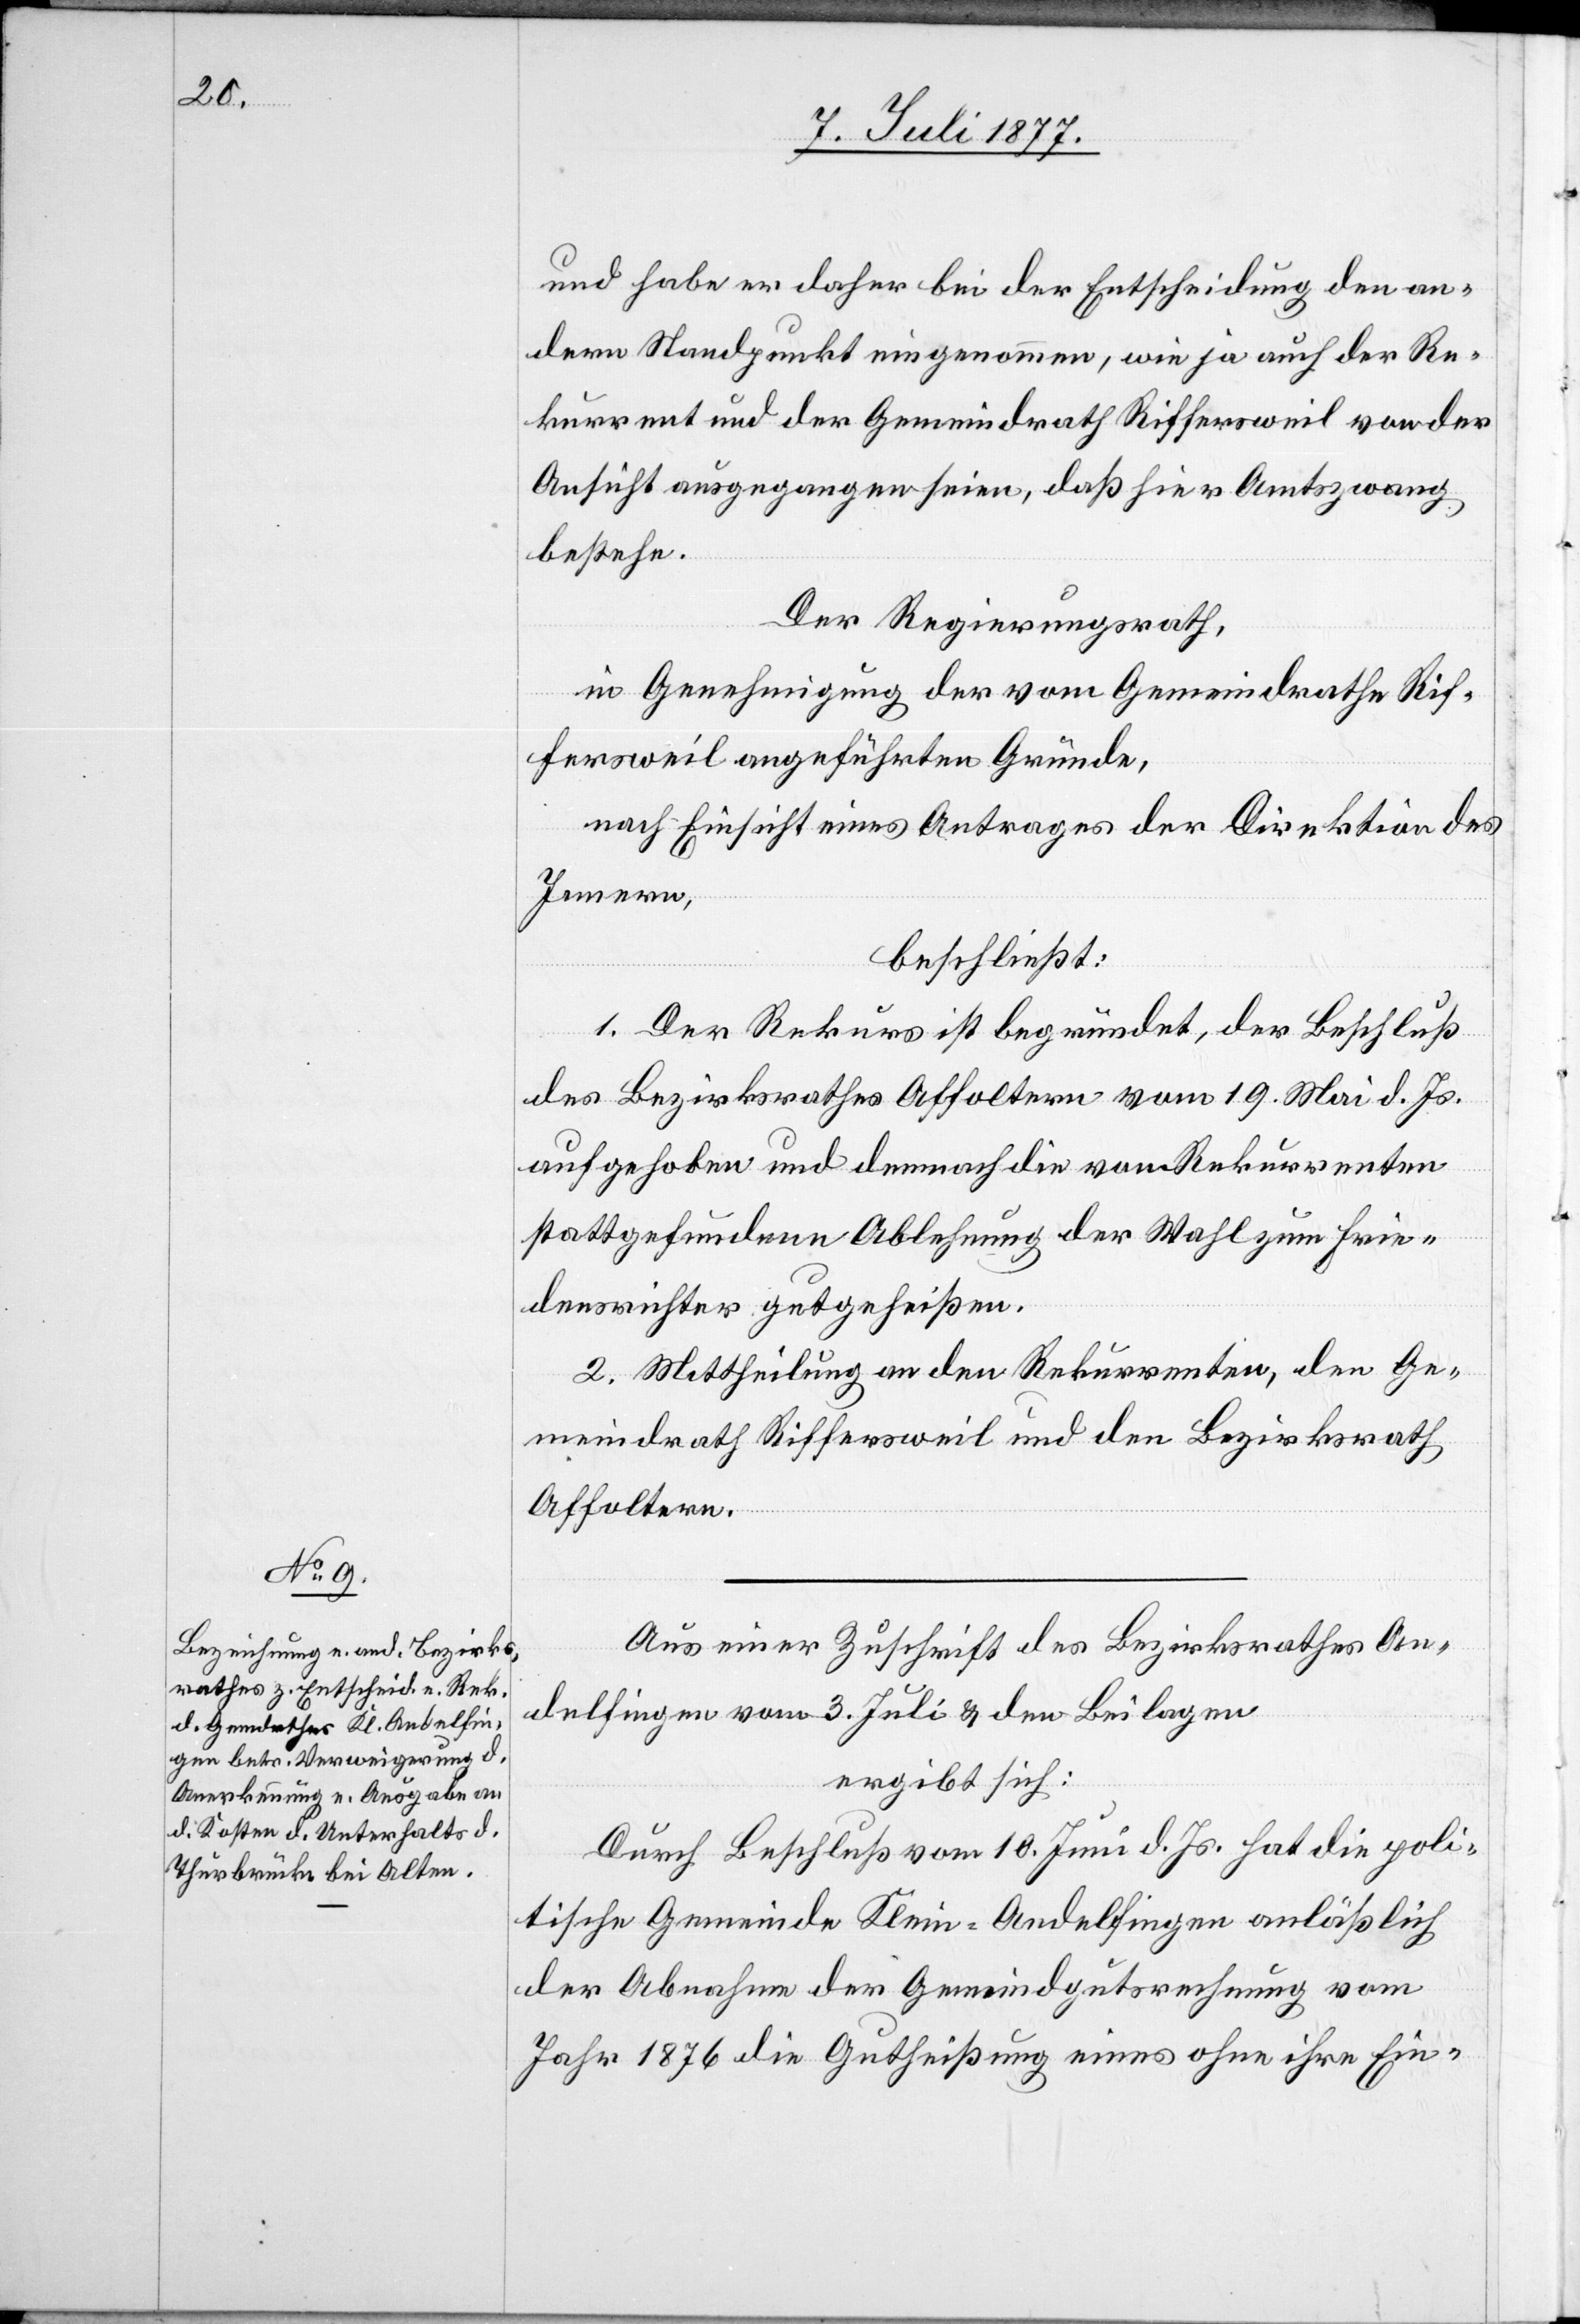
und habe er daher bei der Entscheidung den an¬
dern Standpunkt eingenommen, wie ja auch der Re¬
kurrent und der Gemeindrath Riffersweil von der
Ansicht ausgegangen seien, daß hier Amtszwang
bestehe.
Der Regierungsrath,
in Genehmigung der vom Gemeindrathe Rif¬
fersweil angeführten Gründe,
nach Einsicht eines Antrages der Direktion des
Innern,
beschließt:
1. Der Rekurs ist begründet, der Beschluß
des Bezirksrathes Affoltern vom 19. Mai d. Js.
aufgehoben und demnach die vom Rekurrenten
stattgefundene Ablehnung der Wahl zum Frie¬
densrichter gutgeheißen.
2. Mittheilung an den Rekurrenten, den Ge¬
meindrath Riffersweil und den Bezirksrath
Affoltern.
Aus einer Zuschrift des Bezirksrathes An¬
delfingen vom 3. Juli & den Beilagen
ergibt sich:
Durch Beschluß vom 10. Juni d. Js. hat die poli¬
tische Gemeinde Klein-Andelfingen anläßlich
der Abnahme der Gemeindgutsrechnung vom
Jahr 1876 die Gutheißung eines [recte: ein¬

er]